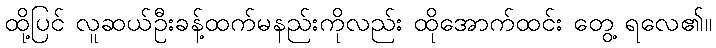
ထို့ပြင် လူဆယ်ဦးခန့်ထက်မနည်းကိုလည်း ထိုအောက်ထင်း တွေ့ ရလေ၏။